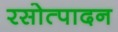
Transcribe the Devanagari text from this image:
रसोत्पादन